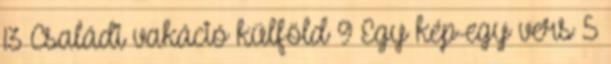
13 Családi vakáció külföld 9 Egy kép-egy vers 5